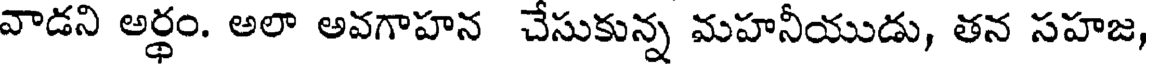
వాడని అర్థం. అలా అవగాహన చేసుకున్న మహనీయుడు, తన సహజ